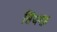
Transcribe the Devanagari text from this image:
सिंघगढ़